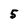
Character: 5